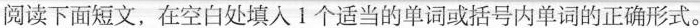
阅读下面短文,在空白处填人 1 个适当的单词或括号内单词的正确形式.